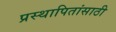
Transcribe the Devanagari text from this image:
प्रस्थापितांसाठी